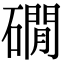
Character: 礀